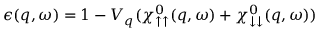
\epsilon ( q , \omega ) = 1 - V _ { q } ( \chi _ { \uparrow \uparrow } ^ { 0 } ( q , \omega ) + \chi _ { \downarrow \downarrow } ^ { 0 } ( q , \omega ) )